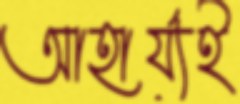
আহার্য্যই